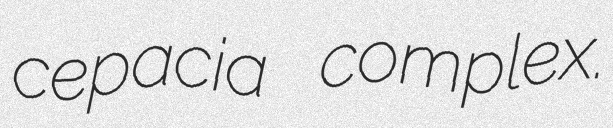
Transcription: cepacia complex.